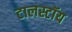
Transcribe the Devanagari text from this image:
टालस्टॉय